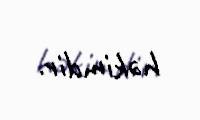
həkimdir.